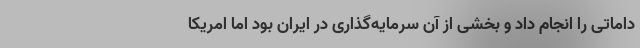
داماتی را انجام داد و بخشی از آن سرمایه‌گذاری در ایران بود اما امریکا